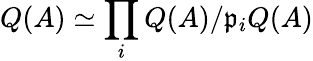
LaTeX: Q(A)\simeq\prod_{i}Q(A)/{\mathfrak{p}}_{i}Q(A)